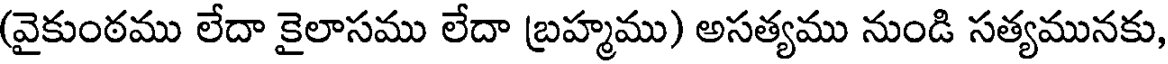
(వైకుంఠము లేదా కైలాసము లేదా బ్రహ్మము) అసత్యము నుండి సత్యమునకు,